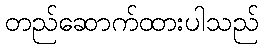
တည်ဆောက်ထားပါသည်